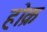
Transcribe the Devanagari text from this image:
होक्र